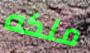
ملكه